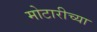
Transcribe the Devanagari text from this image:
मोटारीच्या